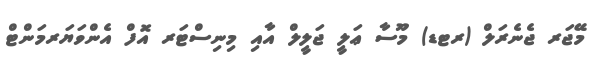
މޭޖަރ ޖެނެރަލް (ރޓޑ) މޫސާ ޢަލީ ޖަލީލް އާއި މިނިސްޓަރ އޮފް އެންވަޔަރމަންޓް